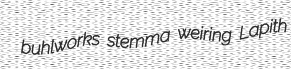
buhlworks stemma weiring Lapith